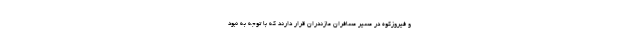
و فیروزکوه در مسیر مسافران مازندران قرار دارند که با توجه به نبود